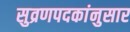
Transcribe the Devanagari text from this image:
सुव्रणपदकांनुसार